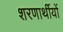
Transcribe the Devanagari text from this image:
शरणार्थीयों